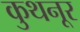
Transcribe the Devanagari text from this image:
कुथनूर